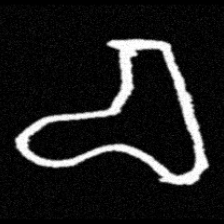
Pyu character \u2014 Myanmar letter: စ (romanized: ca)